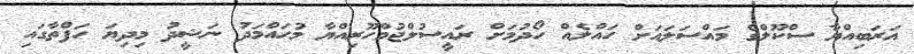
އަރަބިއްޔާ ސްކޫލްގެ މައްސަލައަށް ހައްލެއް ހޯދުމަށް ރައީސުލްޖުމްހޫރިއްޔާ މުހައްމަދު ނަޝީދު މިދިޔަ ހަފްތާގައި